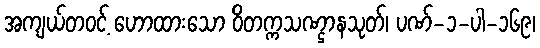
အကျယ်တဝင့် ဟောထားသော ဝိတက္ကသဏ္ဌာနသုတ်၊ ပဏ်-၁-ပါ-၁၆၉၊